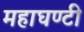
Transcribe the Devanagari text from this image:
महाघण्टी